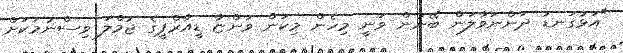
"އަޅުގަނޑު ދަންނަވާލަން ބޭނުން ވަނީ މިހެން މިކަން ވަންޏާ ޑީއާރްޕީގެ ޖުމްލަ ވިސްނުމަކަށް